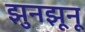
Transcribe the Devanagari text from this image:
झुनझूनू